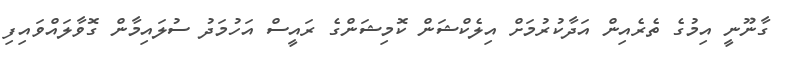
ގާނޫނީ އިމުގެ ތެރެއިން އަދާކުރުމަށް އިލެކްޝަން ކޮމިޝަންގެ ރައީސް އަހުމަދު ސުލައިމާން ގޮވާލައްވައިފި